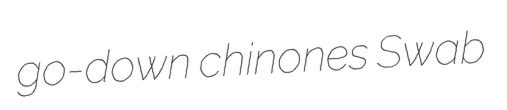
go-down chinones Swab